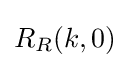
{\textstyle R_{R}(k,0)}